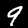
Digit: 9